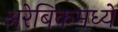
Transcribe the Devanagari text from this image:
अरेबिकमध्ये